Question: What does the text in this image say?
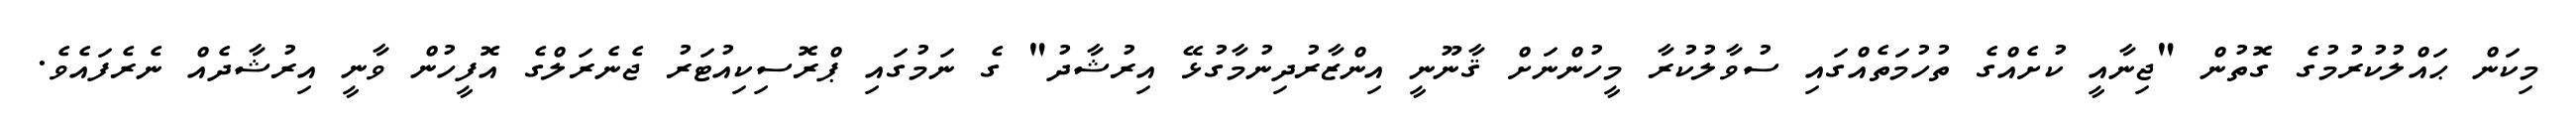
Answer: މިކަން ޙައްލުކުރުމުގެ ގޮތުން "ޖިނާއީ ކުށެއްގެ ތުހުމަތެއްގައި ސުވާލުކުރާ މީހުންނަށް ޤާނޫނީ އިންޒާރުދިނުމާގުޅޭ އިރުޝާދު" ގެ ނަމުގައި ޕްރޮސިކިއުޓަރު ޖެނެރަލްގެ އޮފީހުން ވާނީ އިރުޝާދެއް ނެރެފައެވެ.